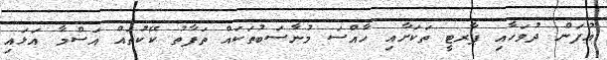
އުފަން ދުވަހާއި ޕާރޓީ ތަކަށާއި ހާއްސަ މުނާސަބުތަކައް ތަަފާތު ކޭކުތައް އަސްމާ އަޅައި